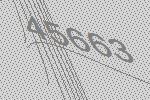
45663